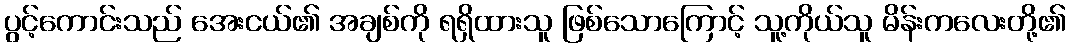
ပွင့်ကောင်းသည် အေးငယ်၏ အချစ်ကို ရရှိထားသူ ဖြစ်သောကြောင့် သူ့ကိုယ်သူ မိန်းကလေးတို့၏